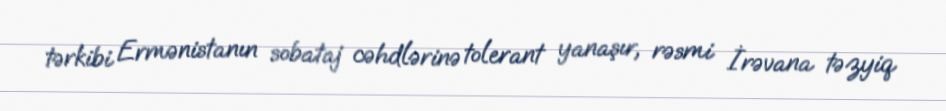
tərkibi Ermənistanın sobataj cəhdlərinə tolerant yanaşır, rəsmi İrəvana təzyiq